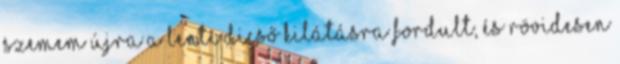
szemem újra a lenti dicső kilátásra fordult, és rövidesen